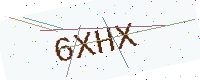
Text: 6XHX